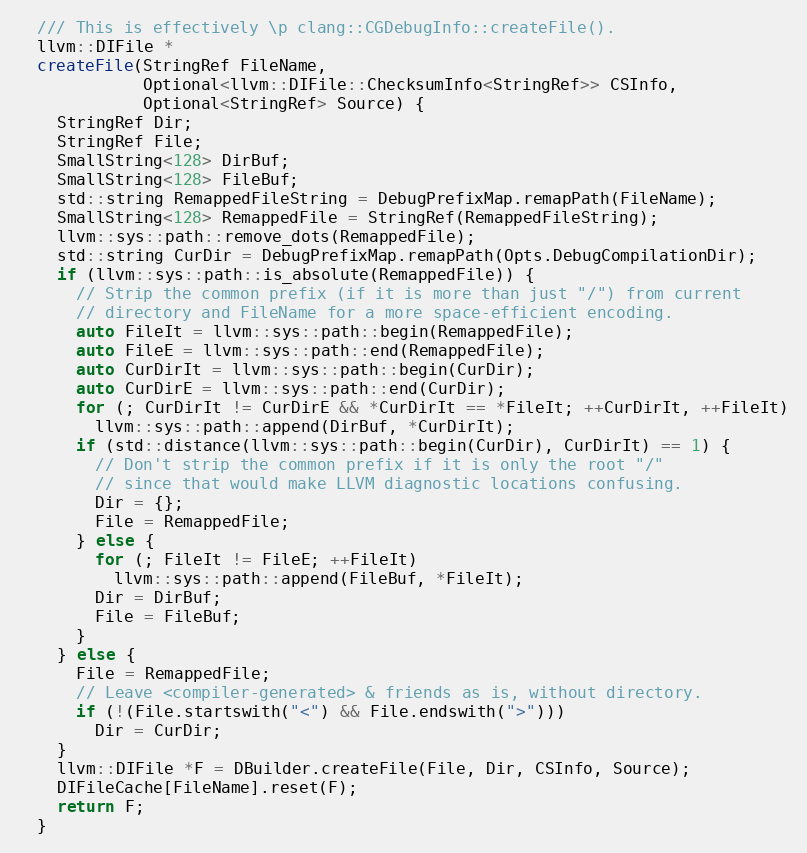
Language: C++
  /// This is effectively \p clang::CGDebugInfo::createFile().
  llvm::DIFile *
  createFile(StringRef FileName,
             Optional<llvm::DIFile::ChecksumInfo<StringRef>> CSInfo,
             Optional<StringRef> Source) {
    StringRef Dir;
    StringRef File;
    SmallString<128> DirBuf;
    SmallString<128> FileBuf;
    std::string RemappedFileString = DebugPrefixMap.remapPath(FileName);
    SmallString<128> RemappedFile = StringRef(RemappedFileString);
    llvm::sys::path::remove_dots(RemappedFile);
    std::string CurDir = DebugPrefixMap.remapPath(Opts.DebugCompilationDir);
    if (llvm::sys::path::is_absolute(RemappedFile)) {
      // Strip the common prefix (if it is more than just "/") from current
      // directory and FileName for a more space-efficient encoding.
      auto FileIt = llvm::sys::path::begin(RemappedFile);
      auto FileE = llvm::sys::path::end(RemappedFile);
      auto CurDirIt = llvm::sys::path::begin(CurDir);
      auto CurDirE = llvm::sys::path::end(CurDir);
      for (; CurDirIt != CurDirE && *CurDirIt == *FileIt; ++CurDirIt, ++FileIt)
        llvm::sys::path::append(DirBuf, *CurDirIt);
      if (std::distance(llvm::sys::path::begin(CurDir), CurDirIt) == 1) {
        // Don't strip the common prefix if it is only the root "/"
        // since that would make LLVM diagnostic locations confusing.
        Dir = {};
        File = RemappedFile;
      } else {
        for (; FileIt != FileE; ++FileIt)
          llvm::sys::path::append(FileBuf, *FileIt);
        Dir = DirBuf;
        File = FileBuf;
      }
    } else {
      File = RemappedFile;
      // Leave <compiler-generated> & friends as is, without directory.
      if (!(File.startswith("<") && File.endswith(">")))
        Dir = CurDir;
    }
    llvm::DIFile *F = DBuilder.createFile(File, Dir, CSInfo, Source);
    DIFileCache[FileName].reset(F);
    return F;
  }